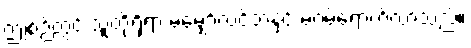
ဤစဉ်တွင် သူတို့ရှိရာ မမျှော်လင့်ဘဲနှင့် မဂမ်ရောက်လာသည်။